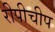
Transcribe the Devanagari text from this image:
रीपीचीप